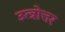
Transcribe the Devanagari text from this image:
उत्त्रोत्तर